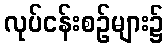
လုပ်ငန်းစဉ်များ၌